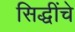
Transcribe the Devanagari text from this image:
सिद्धींचे